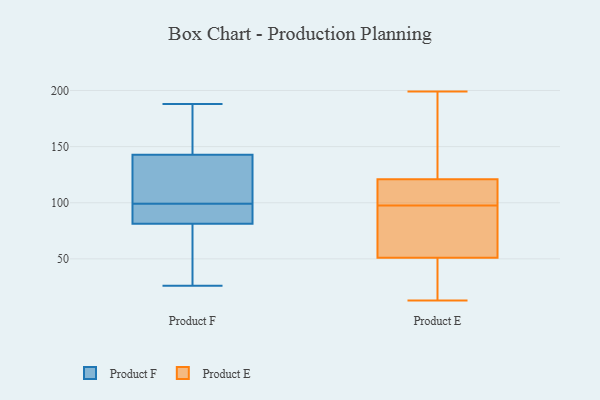
{"axis": {"x": "Inventory Turnover", "y": "Value"}, "legend": ["Product E", "Product F"], "data": [{"x": "", "y": 172, "type": "Product F"}, {"x": "", "y": 92, "type": "Product F"}, {"x": "", "y": 82, "type": "Product F"}, {"x": "", "y": 99, "type": "Product F"}, {"x": "", "y": 26, "type": "Product F"}, {"x": "", "y": 188, "type": "Product F"}, {"x": "", "y": 185, "type": "Product F"}, {"x": "", "y": 50, "type": "Product F"}, {"x": "", "y": 101, "type": "Product F"}, {"x": "", "y": 92, "type": "Product F"}, {"x": "", "y": 79, "type": "Product F"}, {"x": "", "y": 133, "type": "Product F"}, {"x": "", "y": 109, "type": "Product F"}, {"x": "", "y": 119, "type": "Product E"}, {"x": "", "y": 121, "type": "Product E"}, {"x": "", "y": 51, "type": "Product E"}, {"x": "", "y": 100, "type": "Product E"}, {"x": "", "y": 95, "type": "Product E"}, {"x": "", "y": 199, "type": "Product E"}, {"x": "", "y": 13, "type": "Product E"}, {"x": "", "y": 106, "type": "Product E"}, {"x": "", "y": 102, "type": "Product E"}, {"x": "", "y": 30, "type": "Product E"}, {"x": "", "y": 59, "type": "Product E"}, {"x": "", "y": 66, "type": "Product E"}, {"x": "", "y": 123, "type": "Product E"}, {"x": "", "y": 91, "type": "Product E"}, {"x": "", "y": 16, "type": "Product E"}, {"x": "", "y": 190, "type": "Product E"}, {"x": "", "y": 164, "type": "Product E"}, {"x": "", "y": 42, "type": "Product E"}]}